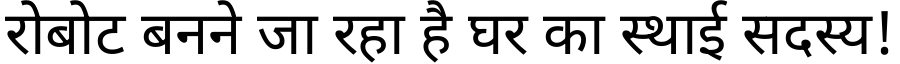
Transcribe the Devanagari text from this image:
रोबोट बनने जा रहा है घर का स्थाई सदस्य!